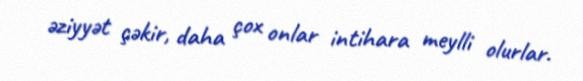
əziyyət çəkir, daha çox onlar intihara meylli olurlar.